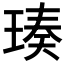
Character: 𬍴